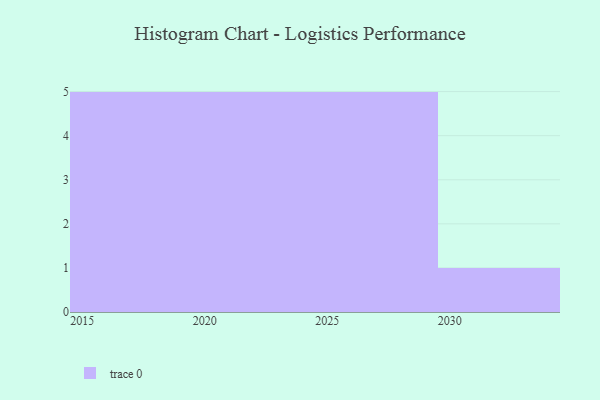
{"axis": {"x": "Year", "y": "Satisfaction Score"}, "legend": [""], "data": [{"x": "2015", "y": 33, "type": ""}, {"x": "2027", "y": 70, "type": ""}, {"x": "2017", "y": 31, "type": ""}, {"x": "2020", "y": 97, "type": ""}, {"x": "2022", "y": 80, "type": ""}, {"x": "2021", "y": 74, "type": ""}, {"x": "2030", "y": 65, "type": ""}, {"x": "2026", "y": 83, "type": ""}, {"x": "2025", "y": 42, "type": ""}, {"x": "2024", "y": 20, "type": ""}, {"x": "2028", "y": 27, "type": ""}, {"x": "2016", "y": 87, "type": ""}, {"x": "2019", "y": 18, "type": ""}, {"x": "2023", "y": 82, "type": ""}, {"x": "2018", "y": 60, "type": ""}, {"x": "2029", "y": 57, "type": ""}]}